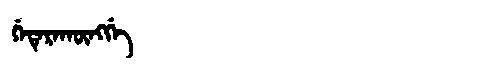
Manchu: ᡤᡝᡨᡝᡵᠠᡴᡡᠩᡤᡝ
Romanization: GETERAKŪNGGE